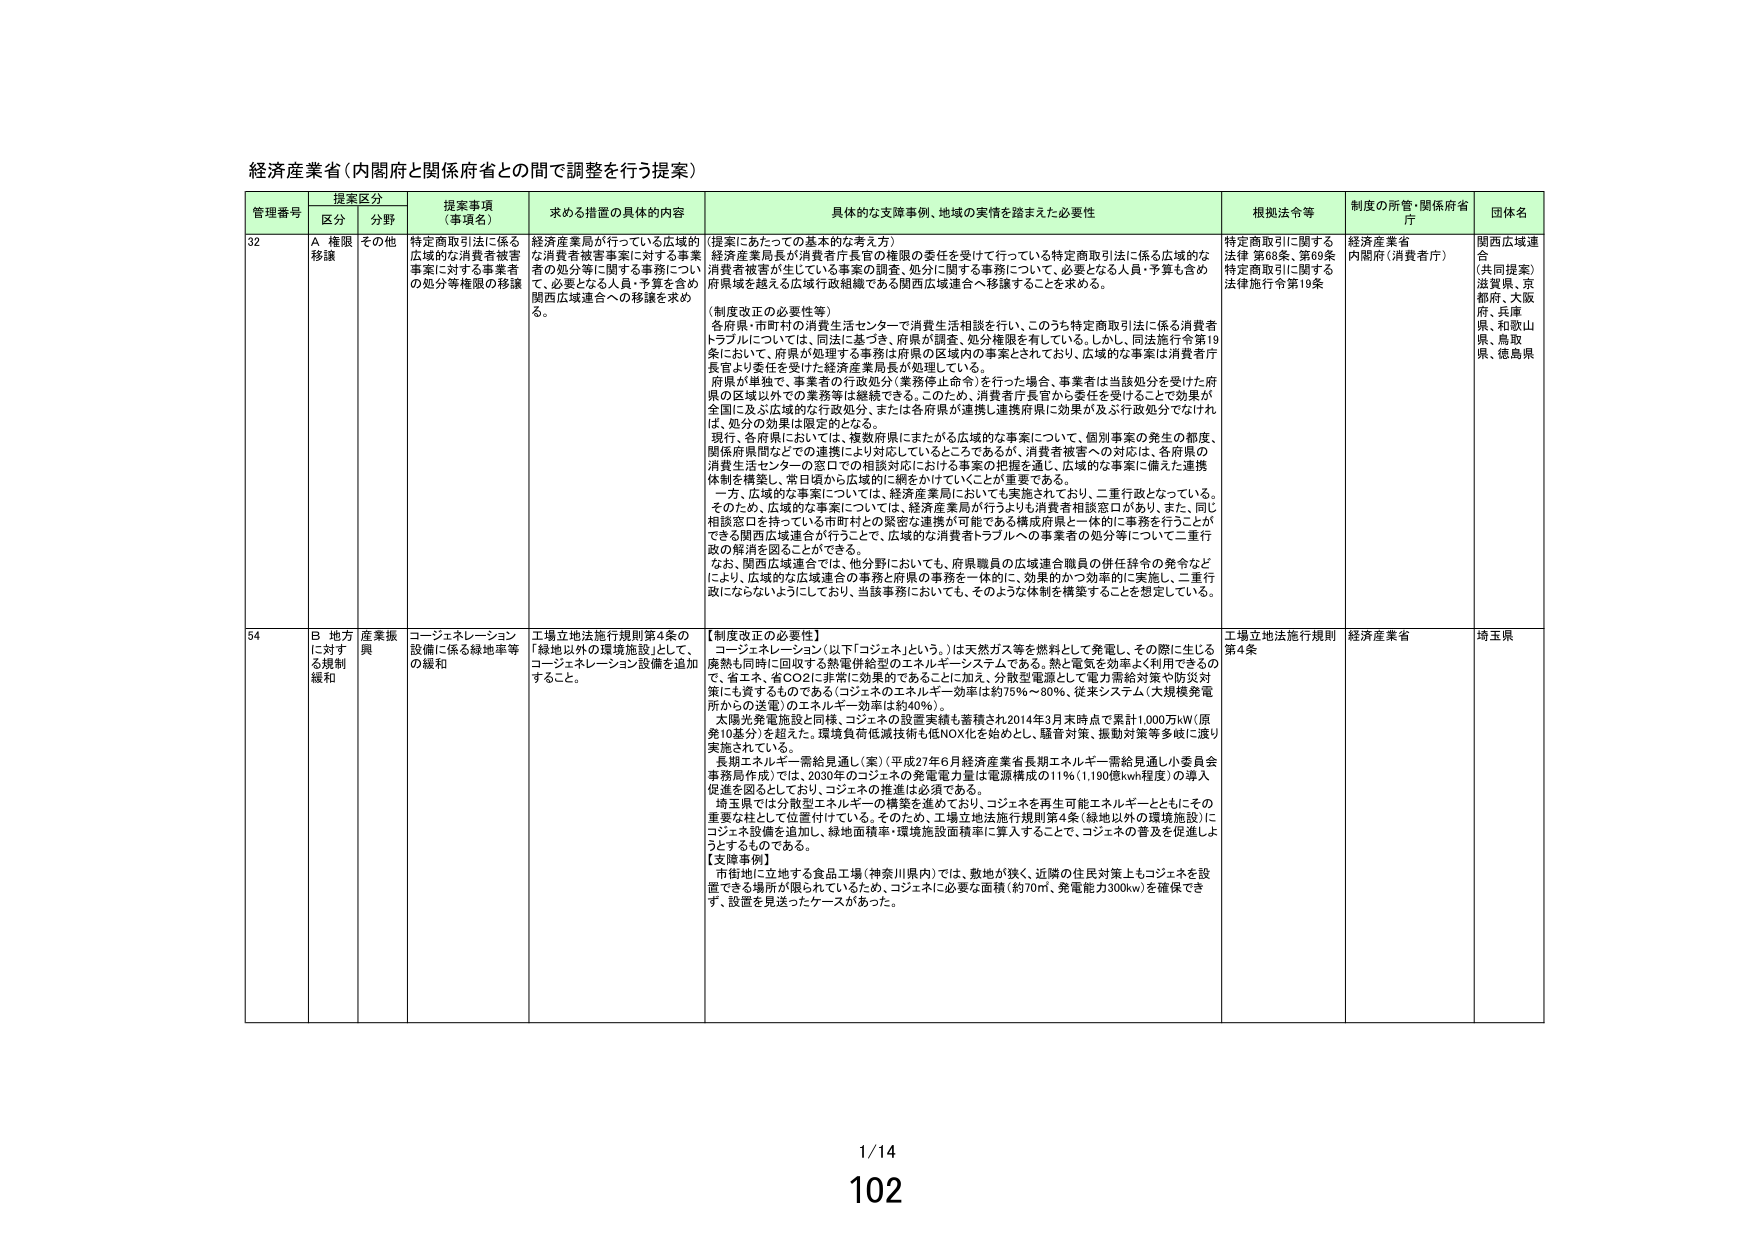
経済産業省（内閣府と関係府省との間で調整を行う提案）

管理番号 提案区分 提案事項（事項名） 求める措置の具体的内容 具体的な支障事例、地域の実情を踏まえた必要性 根拠法令等 制度の所管・関係府省庁 団体名
区分 分野

32 A 権限移譲 その他 特定商取引法に係る広域的な消費者被害事案に対する事業者の処分等権限の移譲 経済産業局が行っている広域的な消費者被害事案に対する事業者の処分等に関する事務について、必要となる人員・予算を含め関西広域連合への移譲を求める。 【提案にあたっての基本的な考え方】 経済産業局長が消費者庁長官の権限の委任を受けて行っている特定商取引法に係る広域的な消費者被害が生じている事案の調査・処分に関する事務について、必要となる人員・予算も含め府県を超える広域行政組織である関西広域連合へ移譲することを求める。 【制度改正の必要性等】 各府県・市町村の消費生活センターで消費生活相談を行い、このうち特定商取引法に係る消費者トラブルについては、同法に基づき、府県が調査・処分権限を有している。しかし、同法施行令第19条において、府県が処理する事務は府県の区域内の事案とされており、広域的な事案は消費者庁長官より委任を受けた経済産業局長が処理している。 府県が単独で、事業者の行政処分（業務停止命令）を行った場合、事業者は当該処分を受けた府県の区域以外での業務等は継続できる。このため、消費者庁長官から委任を受けることで効果が全国に及ぶ広域的な行政処分、または各府県が連携し連携府県に効果が及ぶ行政処分でなければ、処分の効果は限定的となる。 現行、各府県においては、複数府県にまたがる広域的な事案について、個別事案の発生の都度、関係府県間などでの連携により対応しているところであるが、消費者被害への対応は、各府県の消費生活センターの窓口での相談対応における事案の把握を通じ、広域的な事案に備えた連携体制を構築し、常日頃から広域的に網をかけていくことが重要である。 一方、広域的な事案については、経済産業局においても実施されており、二重行政となっている。そのため、広域的な事案については、経済産業局が行うよりも消費者相談窓口があり、また、同じ相談窓口を持っている市町村との緊密な連携が可能である構成府県と一体的に事務を行うことが できる関西広域連合が行うことで、広域的な消費者トラブルへの事案者の処分等について二重行政の解消を図ることができる。 なお、関西広域連合では、他分野においても、府県職員の広域連合職員の併任辞令の発令などにより、広域的な広域連合の事務と府県の事務を一体的に、効果的かつ効率的に実施し、二重行政にならないようにしており、当該事務においても、そのような体制を構築することを想定している。 特定商取引に関する法律 第68条、第69条 特定商取引に関する法律施行令第19条 経済産業省 内閣府（消費者庁） 関西広域連合 （共同提案） 滋賀県、京都府、大阪府、兵庫県、和歌山県、鳥取県、徳島県

54 B 地方に対する規制緩和 産業振興 コジェネレーション設備に係る緑地率等の緩和 工場立地法施行規則第4条の「緑地以外の環境施設」として、コジェネレーション設備を追加すること。 【制度改正の必要性】 コジェネレーション（以下「コジェネ」という。）は天然ガス等を燃料として発電し、その際に生じる廃熱も同時に回収する熱電併給型のエネルギー・システムである。熱と電気を効率よく利用できるので、省エネ、省CO2に非常に効果的であることに加え、分散型電源として電力需給対策や防災対策にも資するものである（コジェネのエネルギー効率は約75％～80％、従来システム（大規模発電所からの送電）のエネルギー効率は約40％）。 太陽光発電施設と同様、コジェネの設置実績も蓄積され2014年3月末時点で累計1,000万kW（原発10基分）を超えた。環境負荷低減技術も低NOX化を始めとし、騒音対策、振動対策等多岐に渡り実施されている。 「長期エネルギー・需給見通し案」（平成27年6月経済産業省長期エネルギー・需給見通し小委員会事務局作成）では、2030年のコジェネの発電電力量は電源構成の11％（1,190億kwh程度）の導入促進を図るとしており、コジェネの推進は必須である。 埼玉県では分散型エネルギーの構築を進めており、コジェネを再生可能エネルギーとともにその重要支柱として位置付けている。そのため、工場立地法施行規則第4条（緑地以外の環境施設）にコジェネ設備を追加し、緑地面積率・環境施設面積率に算入することで、コジェネの普及を促進しようとするものである。 【支障事例】 市街地に立地する食品工場（神奈川県内）では、敷地が狭く、近隣の住民対策上もコジェネを設置できる場所が限られているため、コジェネに必要な面積（約70㎡、発電能力300kw）を確保できず、設置を見送ったケースがあった。 工場立地法施行規則第4条 経済産業省 埼玉県

1/14
102